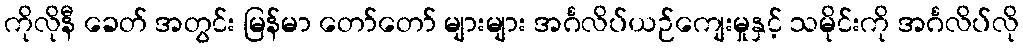
ကိုလိုနီ ခေတ် အတွင်း မြန်မာ တော်တော် များများ အင်္ဂလိပ်ယဉ်ကျေးမှုနှင့် သမိုင်းကို အင်္ဂလိပ်လို